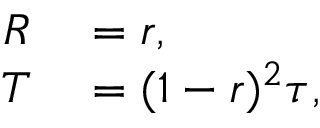
\begin{array} { r l } { R } & { { } = r , } \\ { T } & { { } = ( 1 - r ) ^ { 2 } \tau , } \end{array}